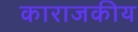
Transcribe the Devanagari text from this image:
काराजकीय